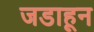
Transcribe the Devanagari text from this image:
जडाहून